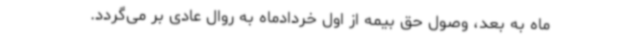
ماه به بعد، وصول حق بیمه از اول خردادماه به روال عادی بر می‌گردد.